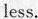
less.